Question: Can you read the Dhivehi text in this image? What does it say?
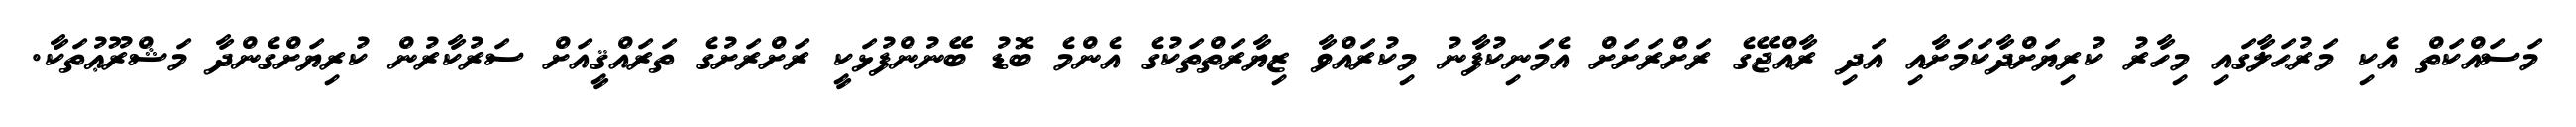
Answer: މަސައްކަތް އެކި މަރުޙަލާގައި މިހާރު ކުރިޔަށްދާކަމަށާއި އަދި ރާއްޖޭގެ ރަށްރަށަށް އެމަނިކުފާނު މިކުރައްވާ ޒިޔާރަތްތަކުގެ އެންމެ ބޮޑު ބޭނުންފުޅަކީ ރަށްރަށުގެ ތަރައްޤީއަށް ސަރުކާރުން ކުރިޔަށްގެންދާ މަޝްރޫޢުތަކާ.